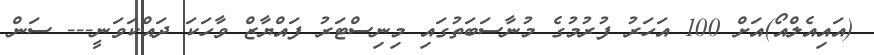
(އައިއެލްއޯ)އަށް 100 އަހަރު ފުރުމުގެ މުނާސަބަތުގައި މިނިސްޓަރު ފައްޔާޒް ވާހަކަ ދައްކަވަނީ--- ސަން